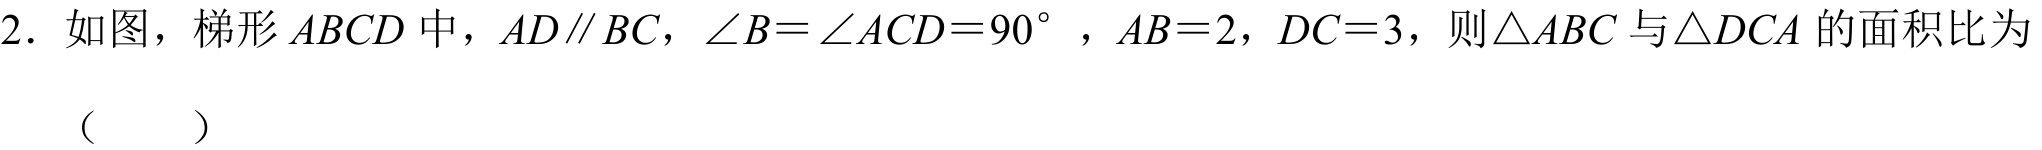
2. 如图，梯形\(ABCD\)中，\(AD\parallel BC\)，\(\angle B=\angle ACD = 90^{\circ}\)，\(AB = 2\)，\(DC = 3\)，则\(\triangle ABC\)与\(\triangle DCA\)的面积比为（  ）